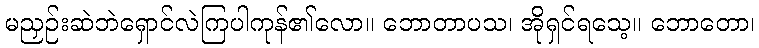
မညှဉ်းဆဲဘဲရှောင်လဲကြပါကုန်၏လော။ ဘောတာပသ၊ အိုရှင်ရသေ့။ ဘောတော၊